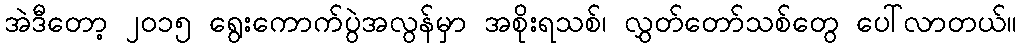
အဲဒီတော့ ၂၀၁၅ ရွေးကောက်ပွဲအလွန်မှာ အစိုးရသစ်၊ လွှတ်တော်သစ်တွေ ပေါ်လာတယ်။